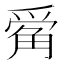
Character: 𪺔